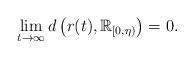
LaTeX: \begin{align*} \lim_{t\to\infty} d\left(r(t),\mathbb{R}_{[0,\eta)}\right) = 0. \end{align*}